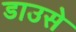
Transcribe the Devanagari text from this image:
डाउसे